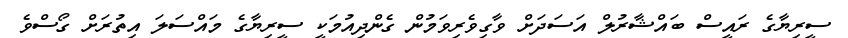
ސީރިޔާގެ ރައީސް ބައްޝާރުލް އަސަދަށް ވާގިވެރިވަމުން ގެންދިއުމަކީ ސީރިޔާގެ މައްސަލަ އިތުރަށް ގޯސްވެ